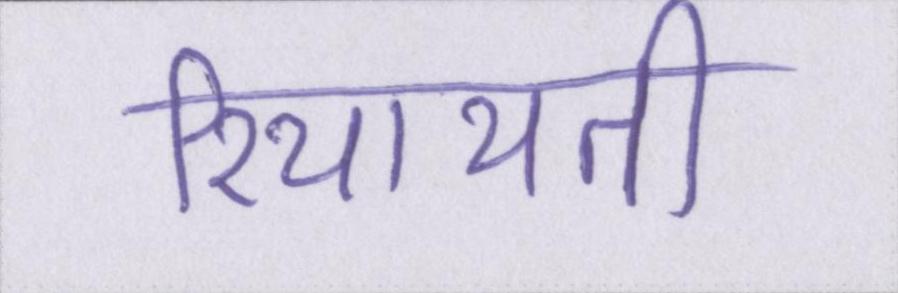
रियायती